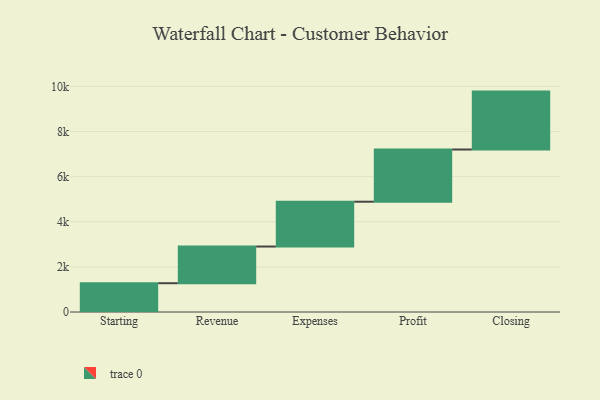
{"axis": {"x": "Step", "y": "Value"}, "legend": [""], "data": [{"x": "Starting", "y": 1276.0, "type": ""}, {"x": "Revenue", "y": 1626.0, "type": ""}, {"x": "Expenses", "y": 1987.0, "type": ""}, {"x": "Profit", "y": 2314.0, "type": ""}, {"x": "Closing", "y": 2567.0, "type": ""}]}